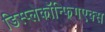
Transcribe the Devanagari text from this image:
डिस्प्लेकॉन्फिगएक्स